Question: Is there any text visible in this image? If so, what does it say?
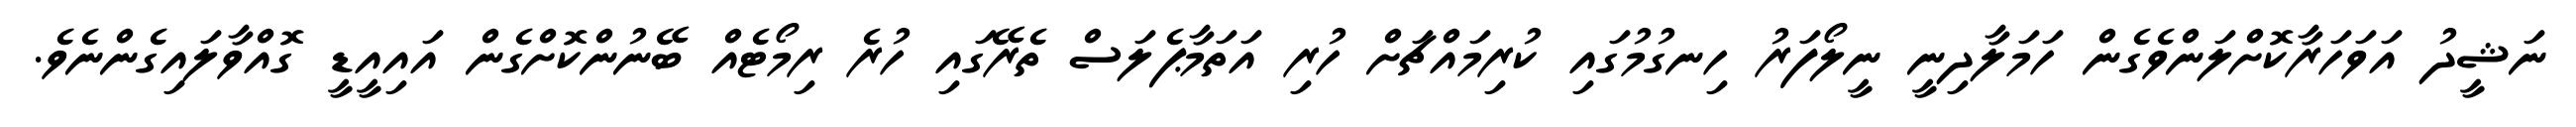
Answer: ނަޝީދު އަވަހަރާކޮށްލަންވެގެން ހަމަލާދިނީ ނީލޯފަރު ހިނގުމުގައި ކުރިމައްޗަށް ހުރި އަތަމާޕެލަސް ތެރޭގައި ހުރެ ރިމޯޓެއް ބޭނުންކޮށްގެން އައިއީޑީ ގޮއްވާލައިގެންނެވެ.